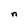
Character: n